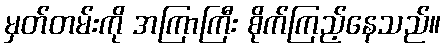
မှတ်တမ်းကို အကြာကြီး စိုက်ကြည့်နေသည်။